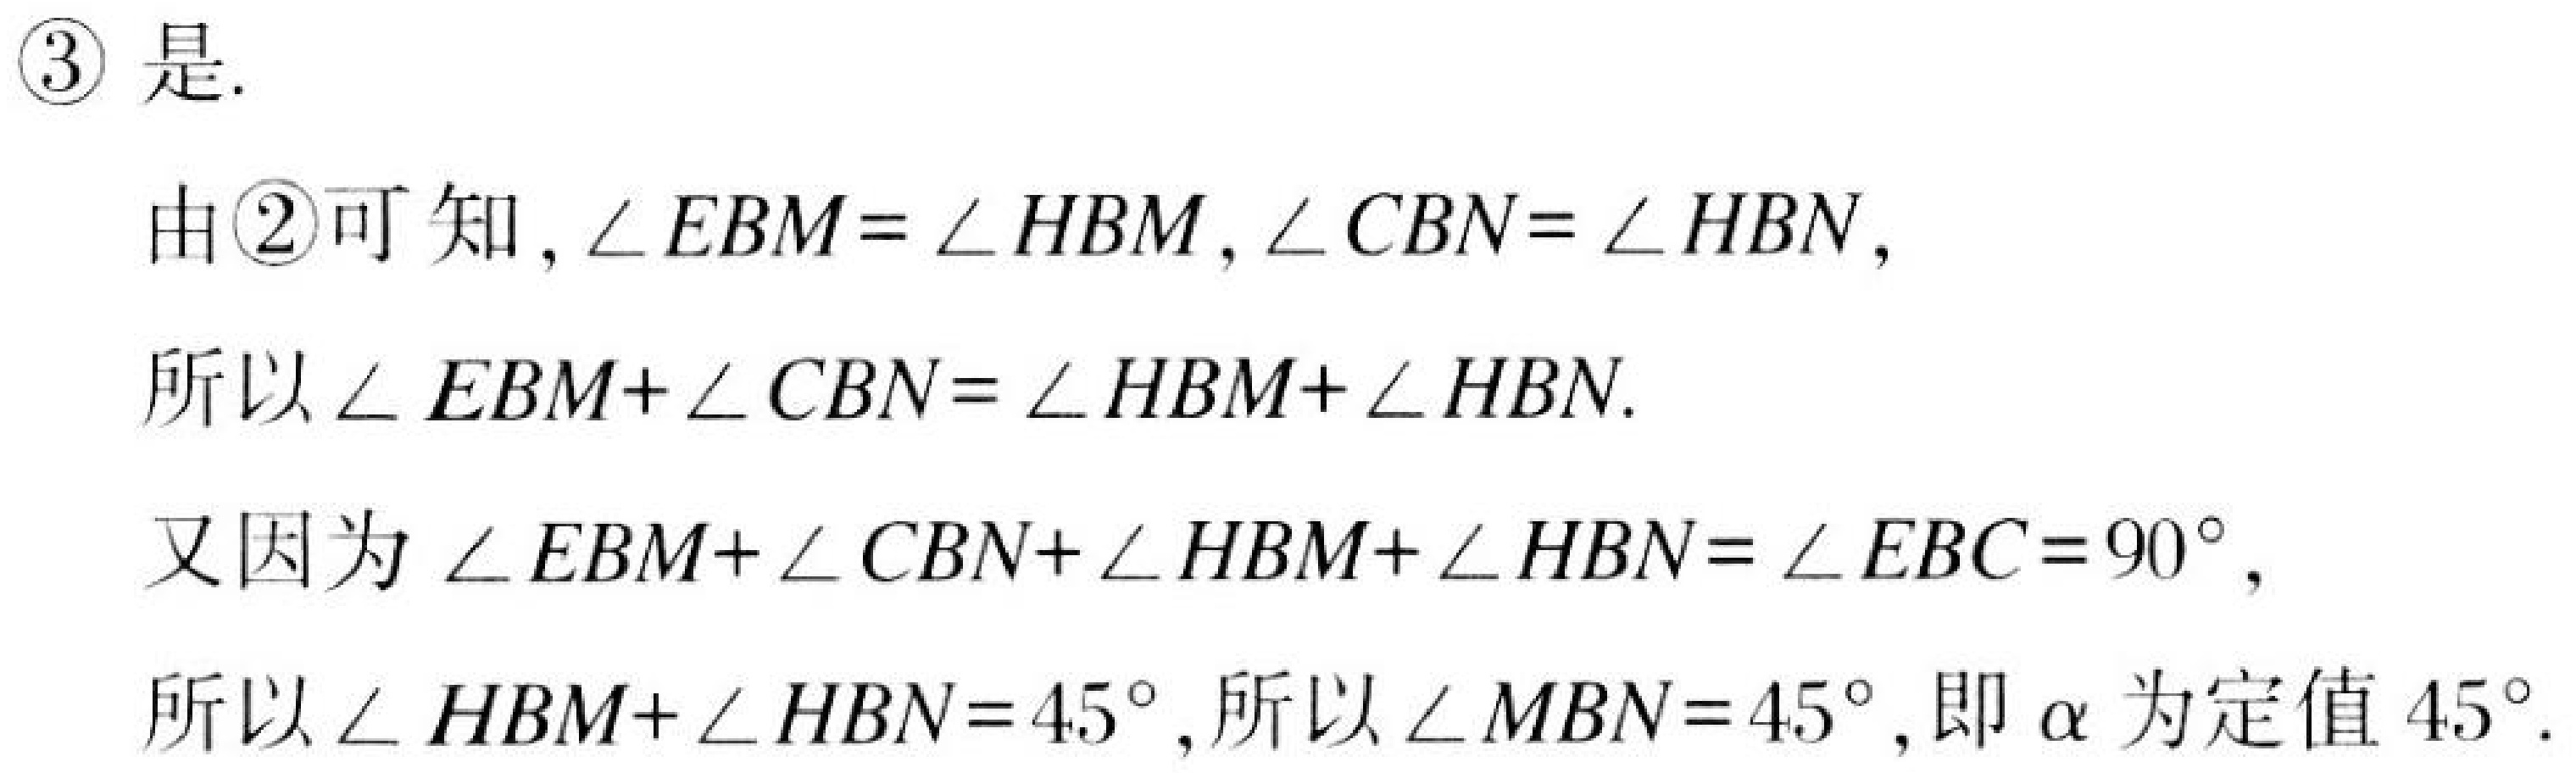
\textcircled{3} 是.

由\textcircled{2}可知, \(\angle EBM = \angle HBM\), \(\angle CBN = \angle HBN\),

所以\(\angle EBM+\angle CBN = \angle HBM+\angle HBN\).

又因为\(\angle EBM+\angle CBN+\angle HBM+\angle HBN=\angle EBC = 90^{\circ}\),

所以\(\angle HBM+\angle HBN = 45^{\circ}\), 所以\(\angle MBN = 45^{\circ}\), 即\(\alpha\)为定值\(45^{\circ}\).